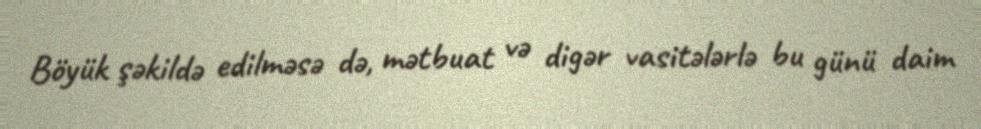
Böyük şəkildə edilməsə də, mətbuat və digər vasitələrlə bu günü daim